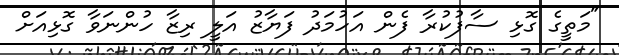
"މަތީގެ ގޮޅި ސާފުކުރާ ފެން އަހުމަދު ފަޔާޒު އަލީ ރިޒާ ހުންނަވާ ގޮޅިއަށް